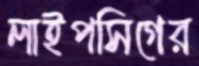
লাইপসিগের